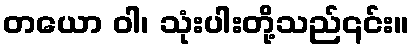
တယော ဝါ၊ သုံးပါးတို့သည်၎င်း။